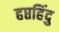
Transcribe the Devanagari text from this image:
हप्तहिंदु